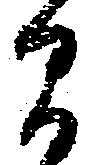
間